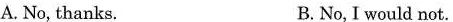
A. No, thanks. B. No, I would not.